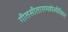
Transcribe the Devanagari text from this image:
गीतसीतारामहोलीविहार